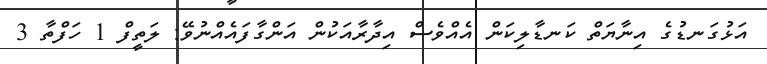
އަޅުގަނޑުގެ އިނާޔަތް ކަނޑާލިކަން އެއްވެސް އިދާރާއަކުން އަންގާފައެއްނުވޭ: ލަތީފް 1 ހަފްތާ 3